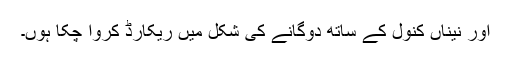
اور نیناں کنول کے ساتھ دوگانے کی شکل میں ریکارڈ کروا چُکا ہُوں۔